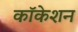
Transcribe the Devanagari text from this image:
कॉकेशन